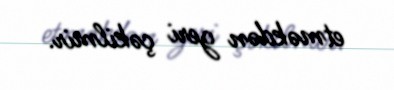
etməkdən geri çəkilmir.